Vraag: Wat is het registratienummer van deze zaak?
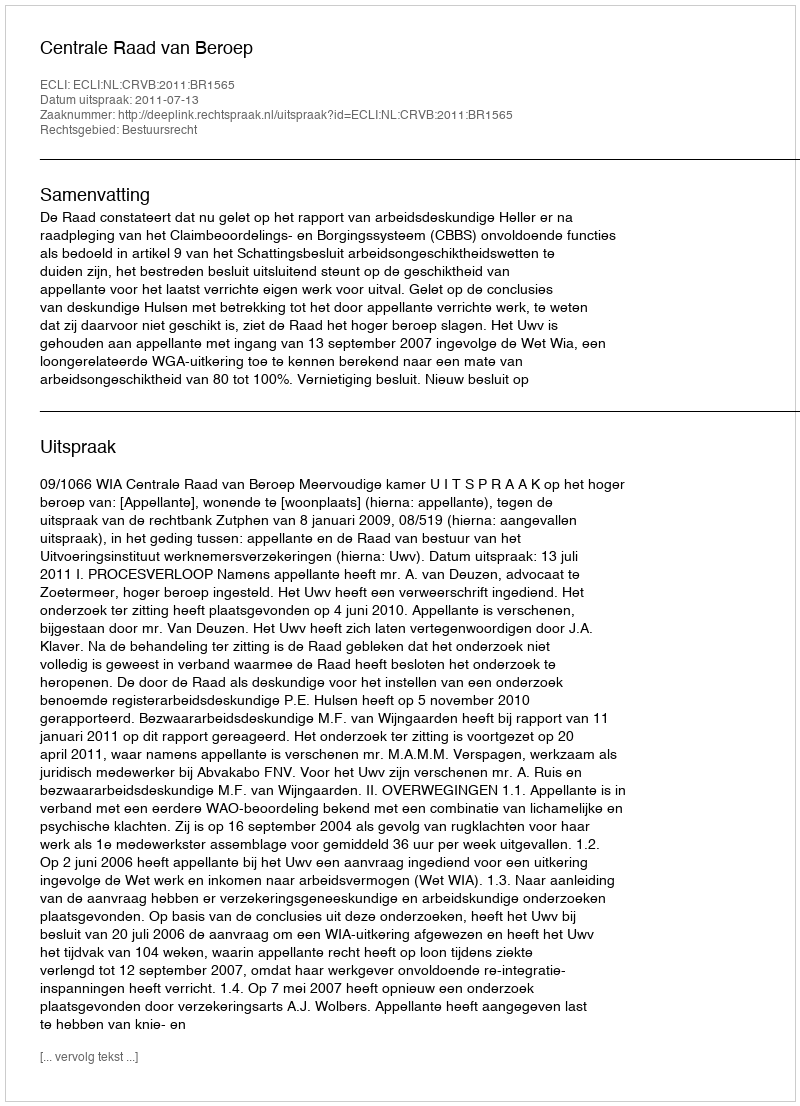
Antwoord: http://deeplink.rechtspraak.nl/uitspraak?id=ECLI:NL:CRVB:2011:BR1565